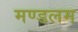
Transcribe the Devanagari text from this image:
मण्डलम